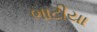
ભાટીયા